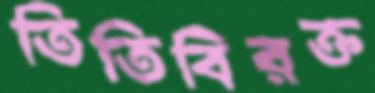
তিতিবিরক্ত